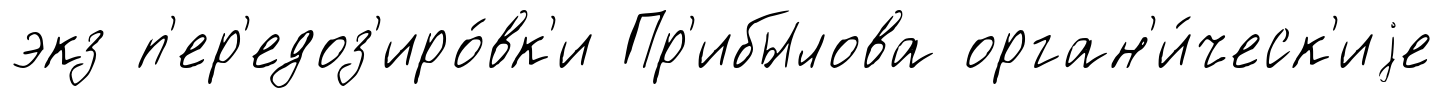
экз п'ер'едоз'иро́вк'и Пр'ибылова орган'и́ческ'иjе